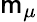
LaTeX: \mathsf{m}_{\mu}